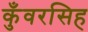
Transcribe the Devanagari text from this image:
कुँवरसिह